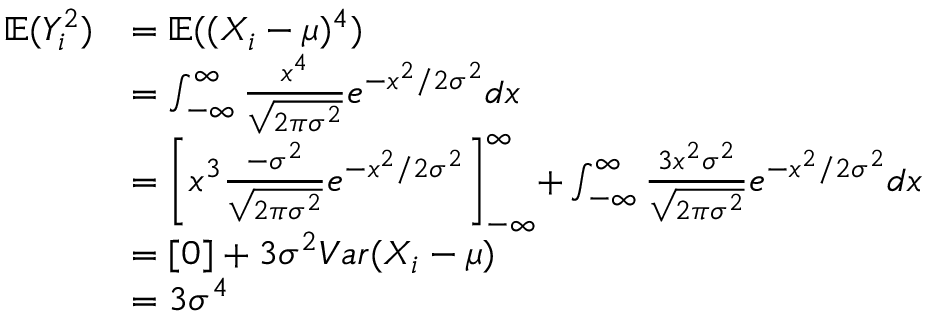
\begin{array} { r l } { \ \mathbb E ( Y _ { i } ^ { 2 } ) } & { = \mathbb E ( ( X _ { i } - \mu ) ^ { 4 } ) } \\ { \ } & { = \int _ { - \infty } ^ { \infty } \frac { x ^ { 4 } } { \sqrt { 2 \pi \sigma ^ { 2 } } } e ^ { - x ^ { 2 } / 2 \sigma ^ { 2 } } d x } \\ { \ } & { = \biggl [ x ^ { 3 } \frac { - \sigma ^ { 2 } } { \sqrt { 2 \pi \sigma ^ { 2 } } } e ^ { - x ^ { 2 } / 2 \sigma ^ { 2 } } \biggl ] _ { - \infty } ^ { \infty } + \int _ { - \infty } ^ { \infty } \frac { 3 x ^ { 2 } \sigma ^ { 2 } } { \sqrt { 2 \pi \sigma ^ { 2 } } } e ^ { - x ^ { 2 } / 2 \sigma ^ { 2 } } d x } \\ { \ } & { = [ 0 ] + 3 \sigma ^ { 2 } V a r ( X _ { i } - \mu ) } \\ { \ } & { = 3 \sigma ^ { 4 } } \end{array}